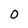
Character: O